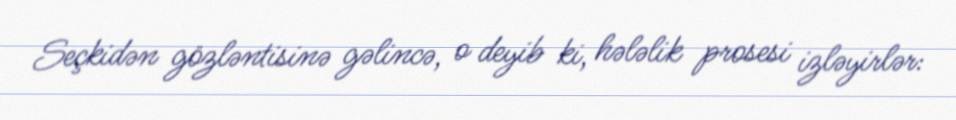
Seçkidən gözləntisinə gəlincə, o deyib ki, hələlik prosesi izləyirlər: